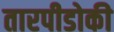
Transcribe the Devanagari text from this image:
तारपीडोकी